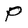
Character: P